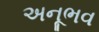
અનૂભવ